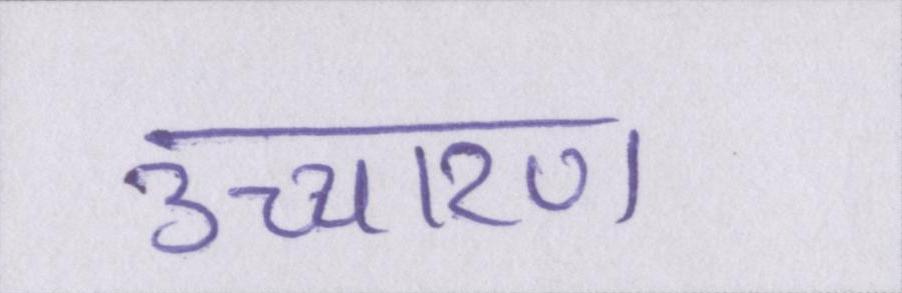
उच्चारण